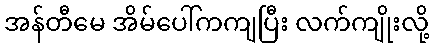
အန်တီမေ အိမ်ပေါ်ကကျပြီး လက်ကျိုးလို့